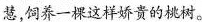
慧饲养一棵这样娇贵的桃树。